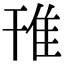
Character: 䧲